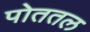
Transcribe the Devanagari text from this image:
पोततल